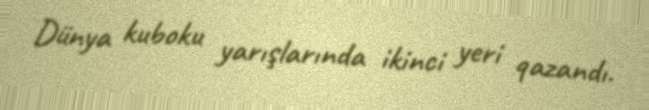
Dünya kuboku yarışlarında ikinci yeri qazandı.